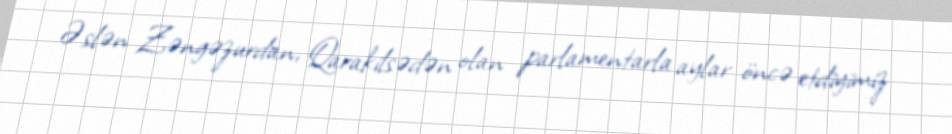
Əslən Zəngəzurdan, Qarakilsədən olan parlamentarla aylar öncə etdiyimiz